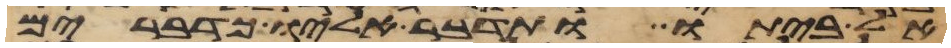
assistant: אל ביתו ותדבר אליו כדברים